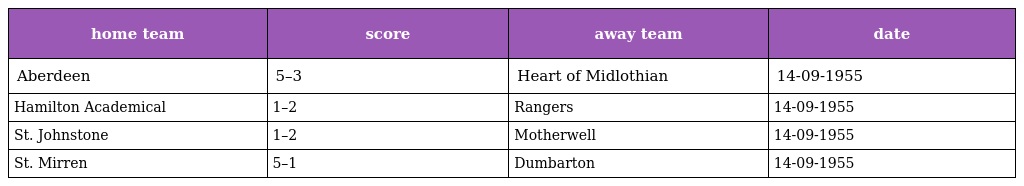
| home team | score | away team | date |
 | --- | --- | --- | --- |
 | Aberdeen | 5–3 | Heart of Midlothian | 14-09-1955 |
 | Hamilton Academical | 1–2 | Rangers | 14-09-1955 |
 | St. Johnstone | 1–2 | Motherwell | 14-09-1955 |
 | St. Mirren | 5–1 | Dumbarton | 14-09-1955 |